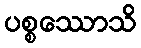
ပစ္စဿောသိ